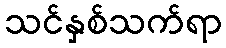
သင်နှစ်သက်ရာ